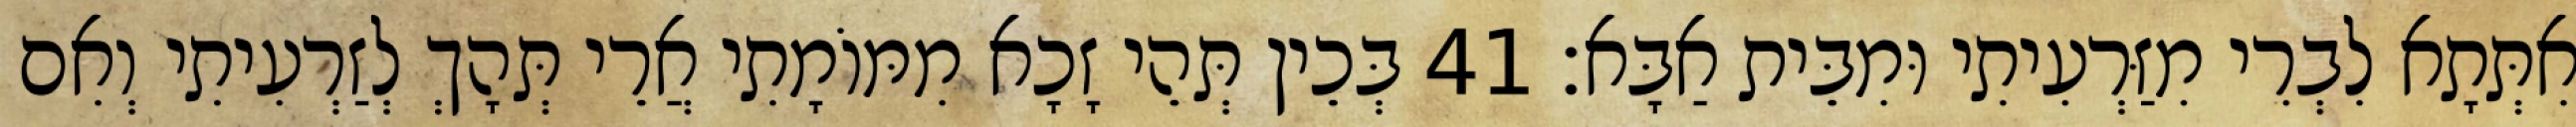
אִתְּתָא לִבְרִי מִזַּרְעִיתִי וּמִבֵּית אַבָּא׃ 41 בְּכֵין תְּהֵי זָכָא מִמּוֹמָתִי אֲרֵי תְּהָךְ לְזַרְעִיתִי וְאִם